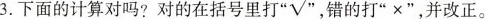
3.下面的计算对吗?对的在括号里打" \surd "错的打”×”，并改正。